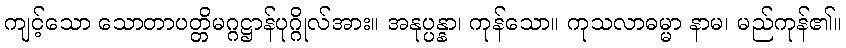
ကျင့်သော သောတာပတ္တိမဂ္ဂဋ္ဌာန်ပုဂ္ဂိုလ်အား။ အနုပ္ပန္နာ၊ ကုန်သော။ ကုသလာဓမ္မာ နာမ၊ မည်ကုန်၏။